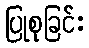
ပြုစုခြင်း